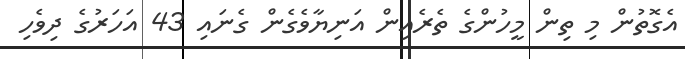
އެގޮތުން މި ތިން މީހުންގެ ތެރެއިން އަނިޔާވެގެން ގެނައި 43 އަހަރުގެ ދިވެެހި